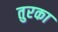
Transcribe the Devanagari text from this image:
तुरका